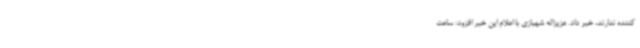
کننده ندارند، خبر داد. عزیزاله شهبازی با اعلام این خبر افزود: ساعت